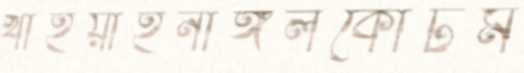
খাইয়াইনাঙ্গলকোটম